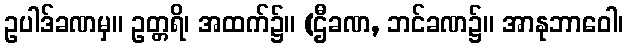
ဥပါဒ်ခဏမှ။ ဥတ္တရိ၊ အထက်၌။ (ဌီခဏ, ဘင်ခဏ၌။ အာနုဘာဝေါ၊